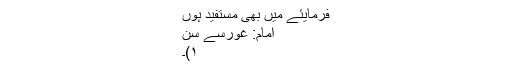
فرمایئے میں بھی مستفید ہوں
امام: غورسے سُن
۱)۔